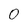
Character: 0